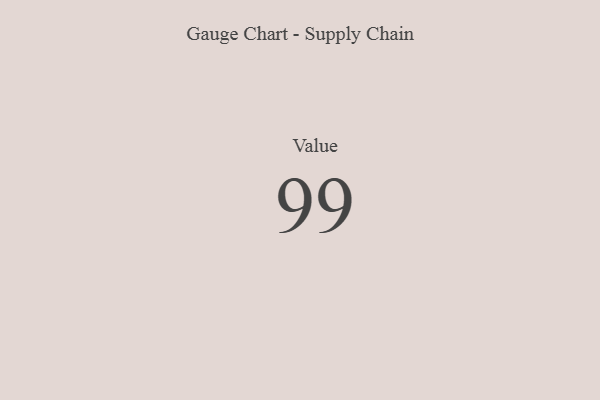
{"axis": {"x": "Metric", "y": "Value"}, "legend": [""], "data": [{"x": "Value", "y": 99, "type": ""}]}